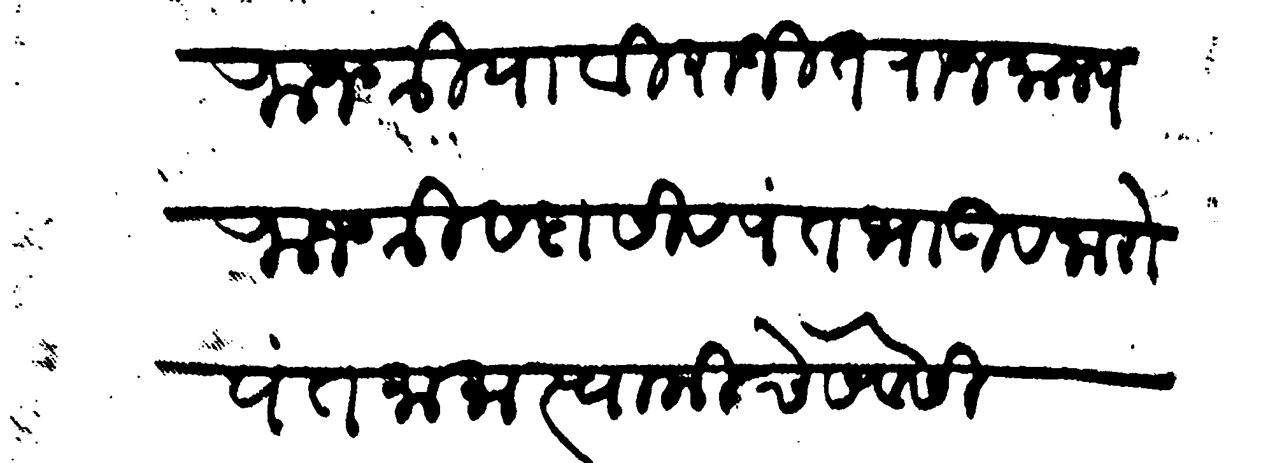
Transliteration (Devanagari): राजश्रिया विराजित राजमान्य राजश्री सदासिवपंत भाऊ व नारोपंत मामा स्वामीचे सेवेसी